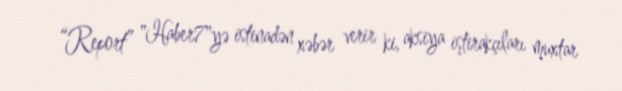
“Report” "Haber7"yə istinadən xəbər verir ki, aksiya iştirakçıları muxtar